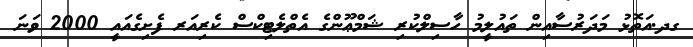
ގދ.އަތޮޅު މަދަރުސާއިން ތައުލީމު ހާސިލްކުރި ޝަމްޢޫންގެ އެތްލެޓިކްސް ކެރިއަރ ފެށިގެއައީ 2000 ވަނަ